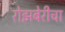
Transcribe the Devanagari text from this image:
रोझबेरीचा